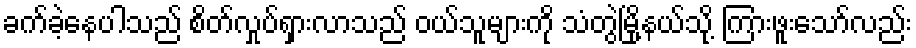
ခက်ခဲ့နေပါသည် စိတ်လှုပ်ရှားလာသည် ဝယ်သူများကို သံတွဲမြို့နယ်သို့ ကြားဖူးသော်လည်း